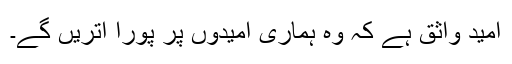
اُمید واثق ہے کہ وہ ہماری اُمیدوں پر پورا اُتریں گے۔